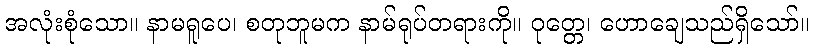
အလုံးစုံသော။ နာမရူပေ၊ စတုဘူမက နာမ်ရုပ်တရားကို။ ဝုတ္တေ၊ ဟောချေသည်ရှိသော်။